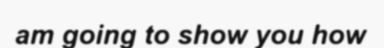
am going to show you how